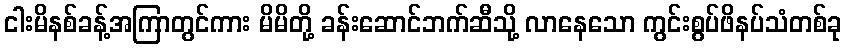
ငါးမိနစ်ခန့်အကြာတွင်ကား မိမိတို့ ခန်းဆောင်ဘက်ဆီသို့ လာနေသော ကွင်းစွပ်ဖိနပ်သံတစ်ခု